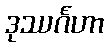
ဒုဿင်္ဂဟာ